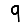
Digit: 9